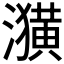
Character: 𤂲